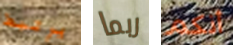
يرتبط ربما أنكم